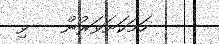
ހަމަކަށަވަރުން   ވި